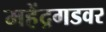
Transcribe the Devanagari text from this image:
महेंद्रगडवर